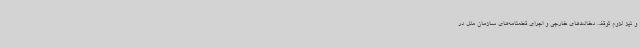
و نیز لزوم توقف دخالت‌های خارجی و اجرای قطعنامه‌های سازمان ملل در